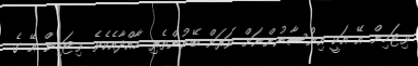
ވިޓަމިން އޭ އަކީ އިންސާނުންނަށް ވަރަށް ބޭނުންތެރި މާއްދާއެކެވެ. ވިޓަމިން އޭ ގެ